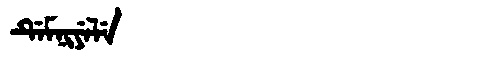
Manchu: ᡩᡝᠮᠨᡳᠶᡝᠯᡝ
Romanization: DEMNIYELE